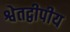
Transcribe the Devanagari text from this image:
श्वेतद्वीपीय